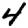
Digit: 4